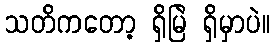
သတိကတော့ ရှိမြဲ ရှိမှာပဲ။